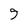
Character: 9